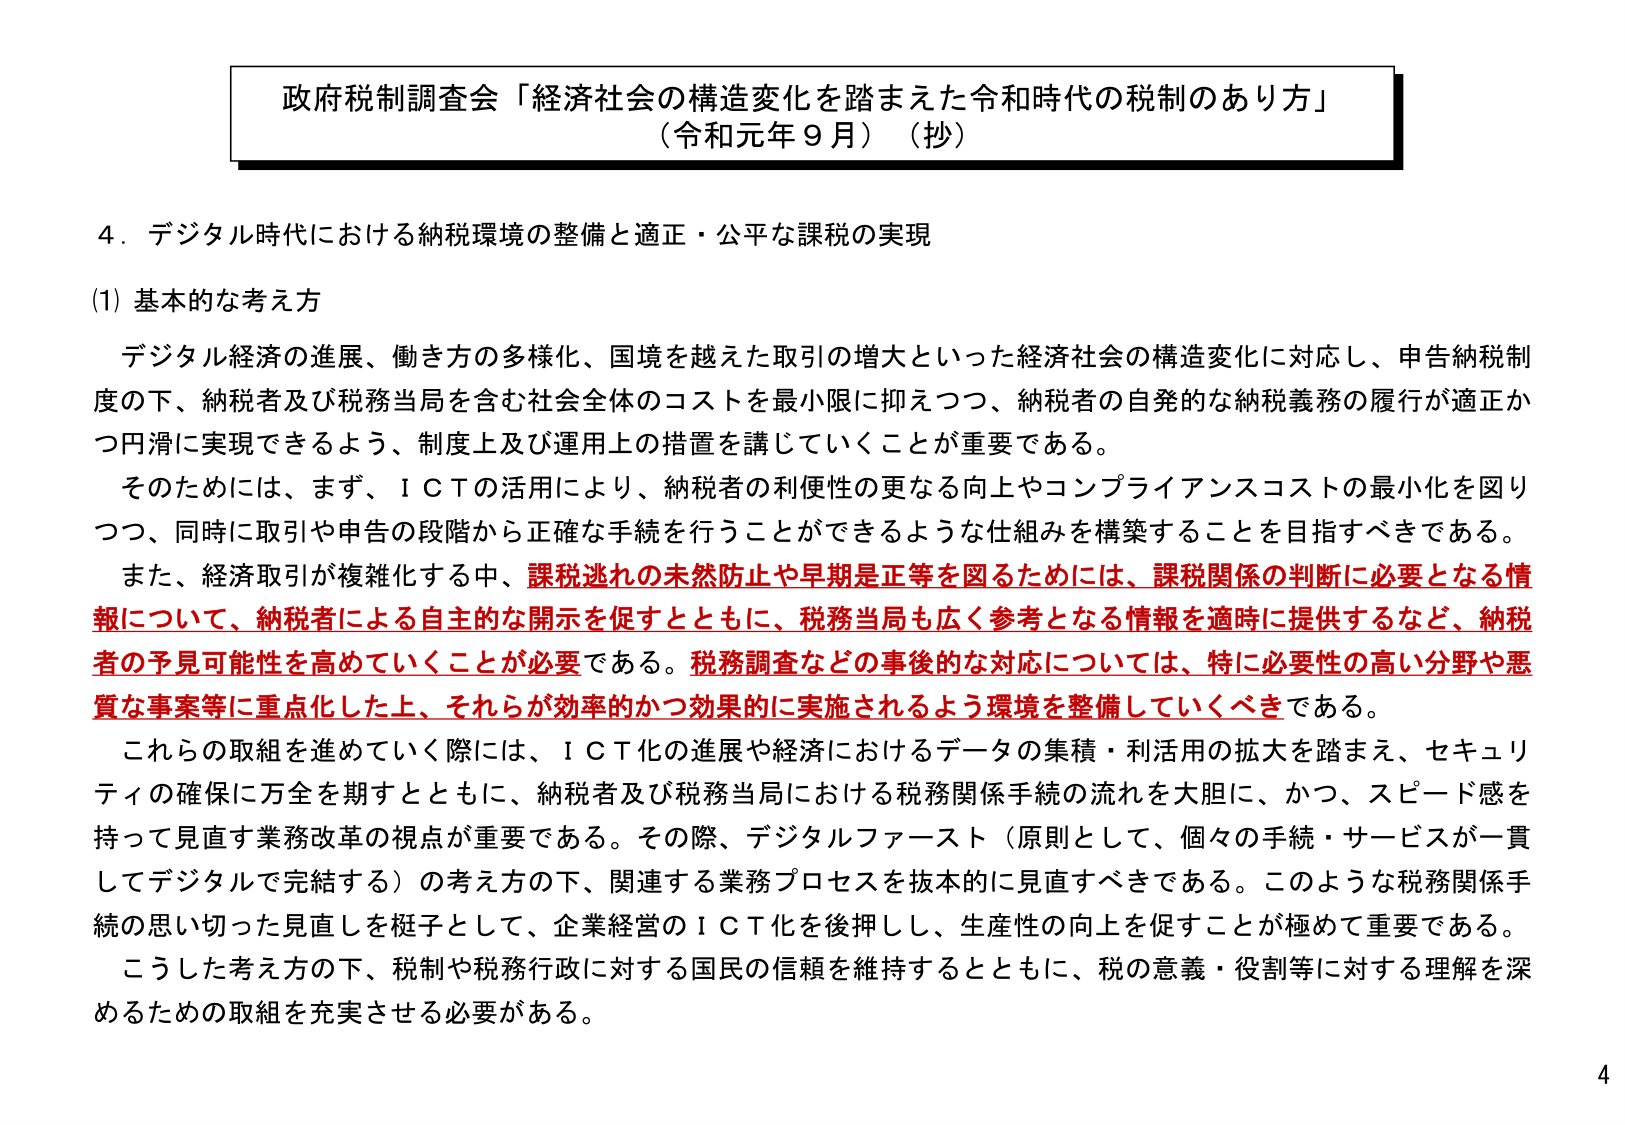
政府税制調査会「経済社会の構造変化を踏まえた令和時代の税制のあり方」
（令和元年９月）（抄）

４．デジタル時代における納税環境の整備と適正・公平な課税の実現

(1) 基本的な考え方

　デジタル経済の進展、働き方の多様化、国境を越えた取引の増大といった経済社会の構造変化に対応し、申告納税制度の下、納税者及び税務当局を含む社会全体のコストを最小限に抑えつつ、納税者の自発的な納税義務の履行が適正かつ円滑に実現できるよう、制度上及び運用上の措置を講じていくことが重要である。

　そのためには、まず、ＩＣＴの活用により、納税者の利便性の更なる向上やコンプライアンスコストの最小化を図りつつ、同時に取引や申告の段階から正確な手続を行うことができるような仕組みを構築することを目指すべきである。

　また、経済取引が複雑化する中、課税逃れの未然防止や早期是正等を図るためには、課税関係の判断に必要となる情報について、納税者による自主的な開示を促すとともに、税務当局も広く参考となる情報を適時に提供するなど、納税者の予見可能性を高めていくことが必要である。税務調査などの事後的な対応については、特に必要性の高い分野や悪質な事案等に重点化した上、それらが効率的かつ効果的に実施されるよう環境を整備していくべきである。

　これらの取組を進めていく際には、ＩＣＴ化の進展や経済におけるデータの集積・利活用の拡大を踏まえ、セキュリティの確保に万全を期すとともに、納税者及び税務当局における税務関係手続の流れを大胆に、かつ、スピード感を持って見直す業務改革の視点が重要である。その際、デジタルファースト（原則として、個々の手続・サービスが一貫してデジタルで完結する）の考え方の下、関連する業務プロセスを抜本的に見直すべきである。このような税務関係手続の思い切った見直しを梃子として、企業経営のＩＣＴ化を後押しし、生産性の向上を促すことが極めて重要である。

　こうした考え方の下、税制や税務行政に対する国民の信頼を維持するとともに、税の意義・役割等に対する理解を深めるための取組を充実させる必要がある。

4